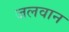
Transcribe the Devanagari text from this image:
जलवान